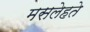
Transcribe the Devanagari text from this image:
मसलेहते